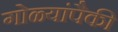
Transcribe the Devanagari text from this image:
गोळ्यांपैकी